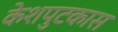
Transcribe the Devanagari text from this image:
केशपुटकास